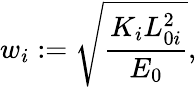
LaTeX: w_{i}:=\sqrt{\frac{K_{i}L_{0i}^{2}}{E_{0}}},